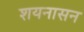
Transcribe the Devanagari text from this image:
शयनासन